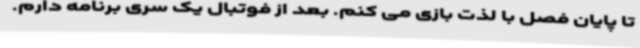
تا پایان فصل با لذت بازی می کنم. بعد از فوتبال یک سری برنامه دارم.